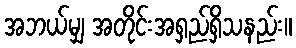
အဘယ်မျှ အတိုင်းအရှည်ရှိသနည်း။